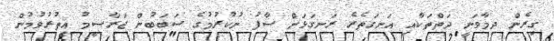
ގިރެން ދިމާވަނީ ދަތްތަކާއި އަނގަތެރެ ރަނގަޅަށް ސާފު ނުކުރުމުގެ ސަބަބުން ޖަރާސީމު އިތުރުވުމުން